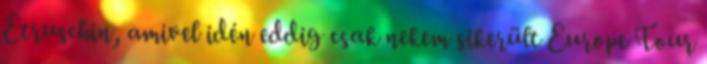
Etruschin, amivel idén eddig csak nekem sikerült Europe Tour